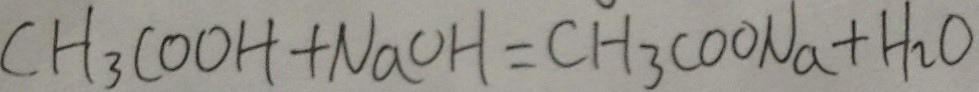
C H _ { 3 } C O O H + N a O H = C H _ { 3 } C O O N a + H _ { 2 } O